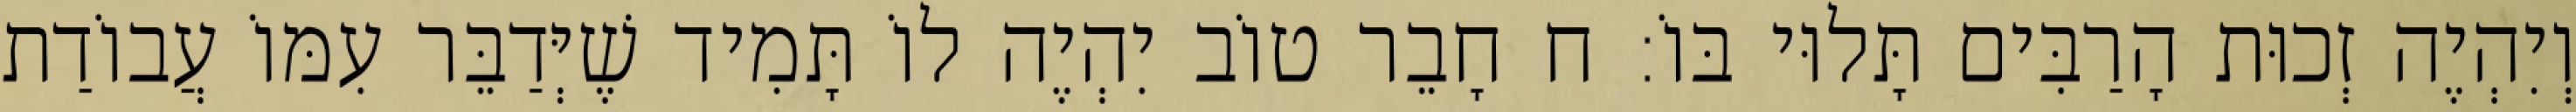
וְיִהְיֶה זְכוּת הָרַבִּים תָּלוּי בּוֹ: ח חָבֵר טוֹב יִהְיֶה לוֹ תָּמִיד שֶׁיְּדַבֵּר עִמּוֹ עֲבוֹדַת